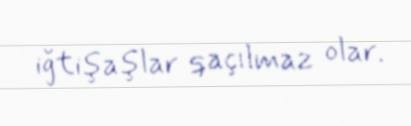
iğtişaşlar qaçılmaz olar.